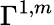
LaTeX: \Gamma^{1,m}